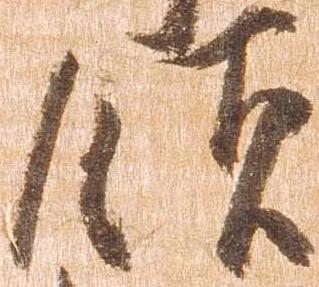
領